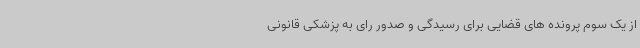
از یک سوم پرونده های قضایی برای رسیدگی و صدور رای به پزشکی قانونی